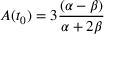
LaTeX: A ( t _ { 0 } ) = 3 \frac { ( \alpha - \beta ) } { \alpha + 2 \beta }